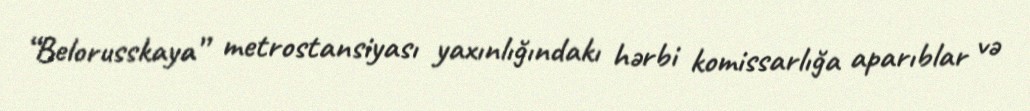
“Belorusskaya” metrostansiyası yaxınlığındakı hərbi komissarlığa aparıblar və